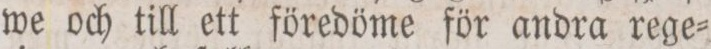
we och till ett föredöme för andra rege=